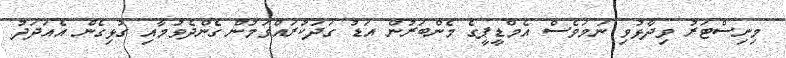
މިނިސްޓަރު ވިދާޅުވި ނަމަވެސް އެމްޑީޕީގެ މެންބަރުން އަޑު ގަދަކުރައްވަމުން ގެންދެވުމާއި ގުޅިގެން އެއަދަދު